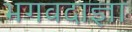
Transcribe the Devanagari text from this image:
भगवदाज्ञा